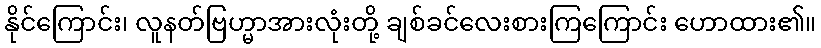
နိုင်ကြောင်း၊ လူနတ်ဗြဟ္မာအားလုံးတို့ ချစ်ခင်လေးစားကြကြောင်း ဟောထား၏။